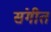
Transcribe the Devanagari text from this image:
संगीत